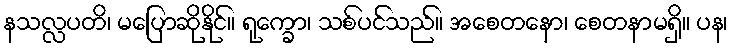
နသလ္လပတိ၊ မပြောဆိုနိုင်။ ရုက္ခော၊ သစ်ပင်သည်။ အစေတနော၊ စေတနာမရှိ။ ပန၊